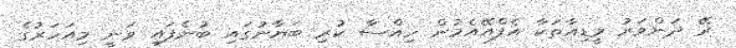
ރޭ ދަންވަރު މީޑިއާތަކާ އެފްއޭއެމުން ހިއްސާ ކުރި ބަޔާނުގައި ބުނެފައި ވަނީ މިއަހަރުގެ